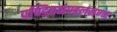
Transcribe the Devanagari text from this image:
पण्डितमण्डलमण्न